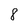
Character: 8